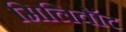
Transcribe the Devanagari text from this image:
मिलिवॉट